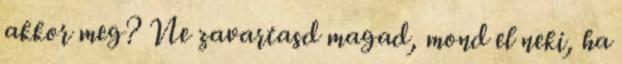
akkor meg? Ne zavartasd magad, mond el neki, ha